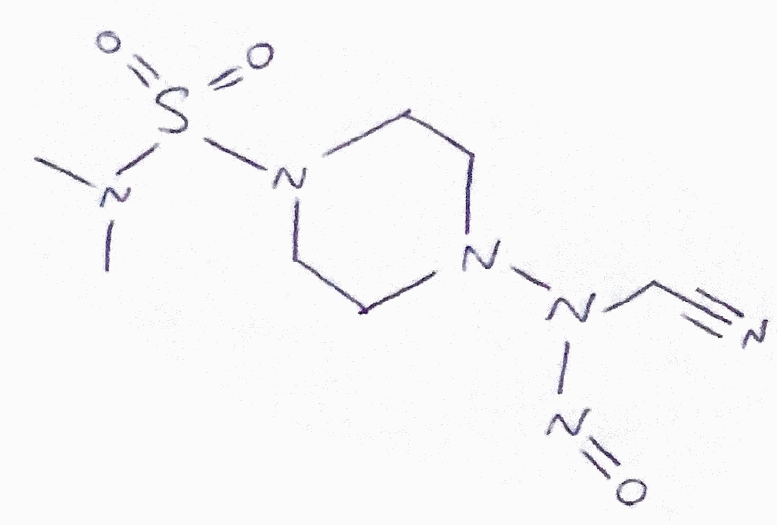
Simplified molecular-input line-entry system (SMILES) notation of the given molecule:
CN(C)S(=O)(=O)N1CCN(CC1)N(CC#N)N=O